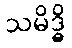
သမိဒ္ဓိ